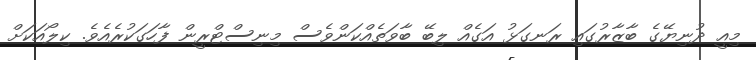
މިއީ ދުނިޔޭގެ ބާޒާރުގައި ރަނގަޅު އަގެއް ލިބޭ ބާވަތެއްކަންވެސް މިނިސްޓްރީން ފާހަގަކުރެއެވެ. ކިލޯއަކަށް